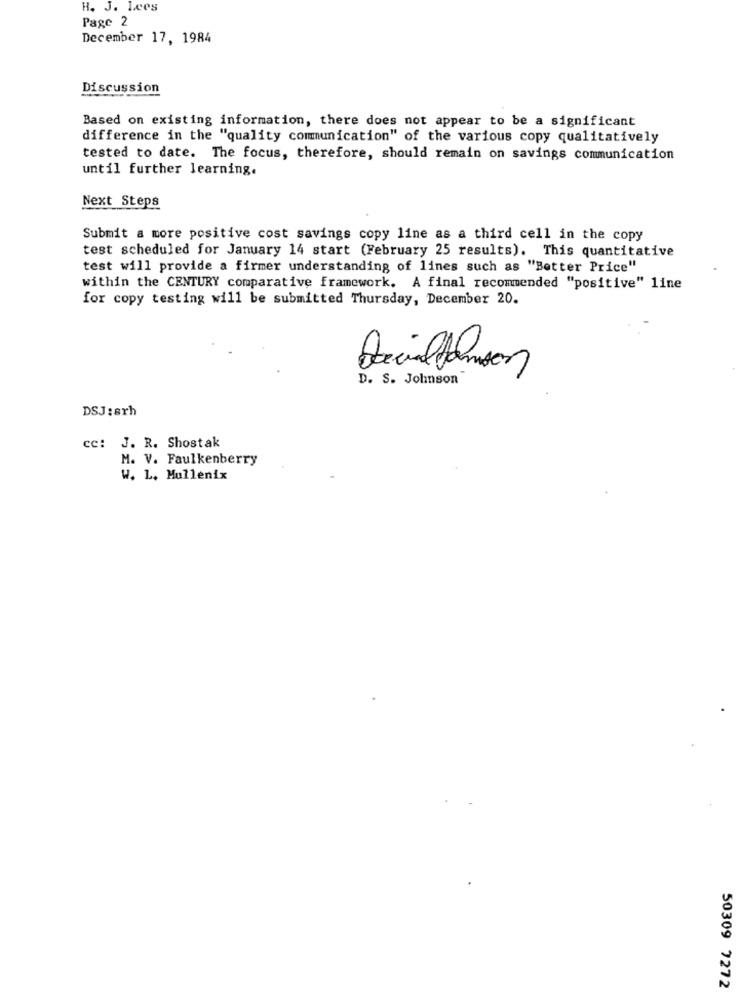
H. J. Lees
Page 2
December 17, 1984
Discussion
Based on existing information, there does not appear to be a significant
difference in the "quality communication" of the various copy qualitatively
tested to date. The focus, therefore, should remain on savings communication
until further learning.
Next Steps
Submit a more positive cost savings copy line as a third cell in the copy
test scheduled for January 14 start (February 25 results). This quantitative
test will provide a firmer understanding of lines such as "Better Price"
within the CENTURY comparative framework. A final recommended "positive" line
for copy testing will be submitted Thursday, December 20.
Social danson
D. S. Johnson"
DSJ:srh
cc: J. R. Shostak
M. V. Faulkenberry
W. L. Mullenix
50309 7272